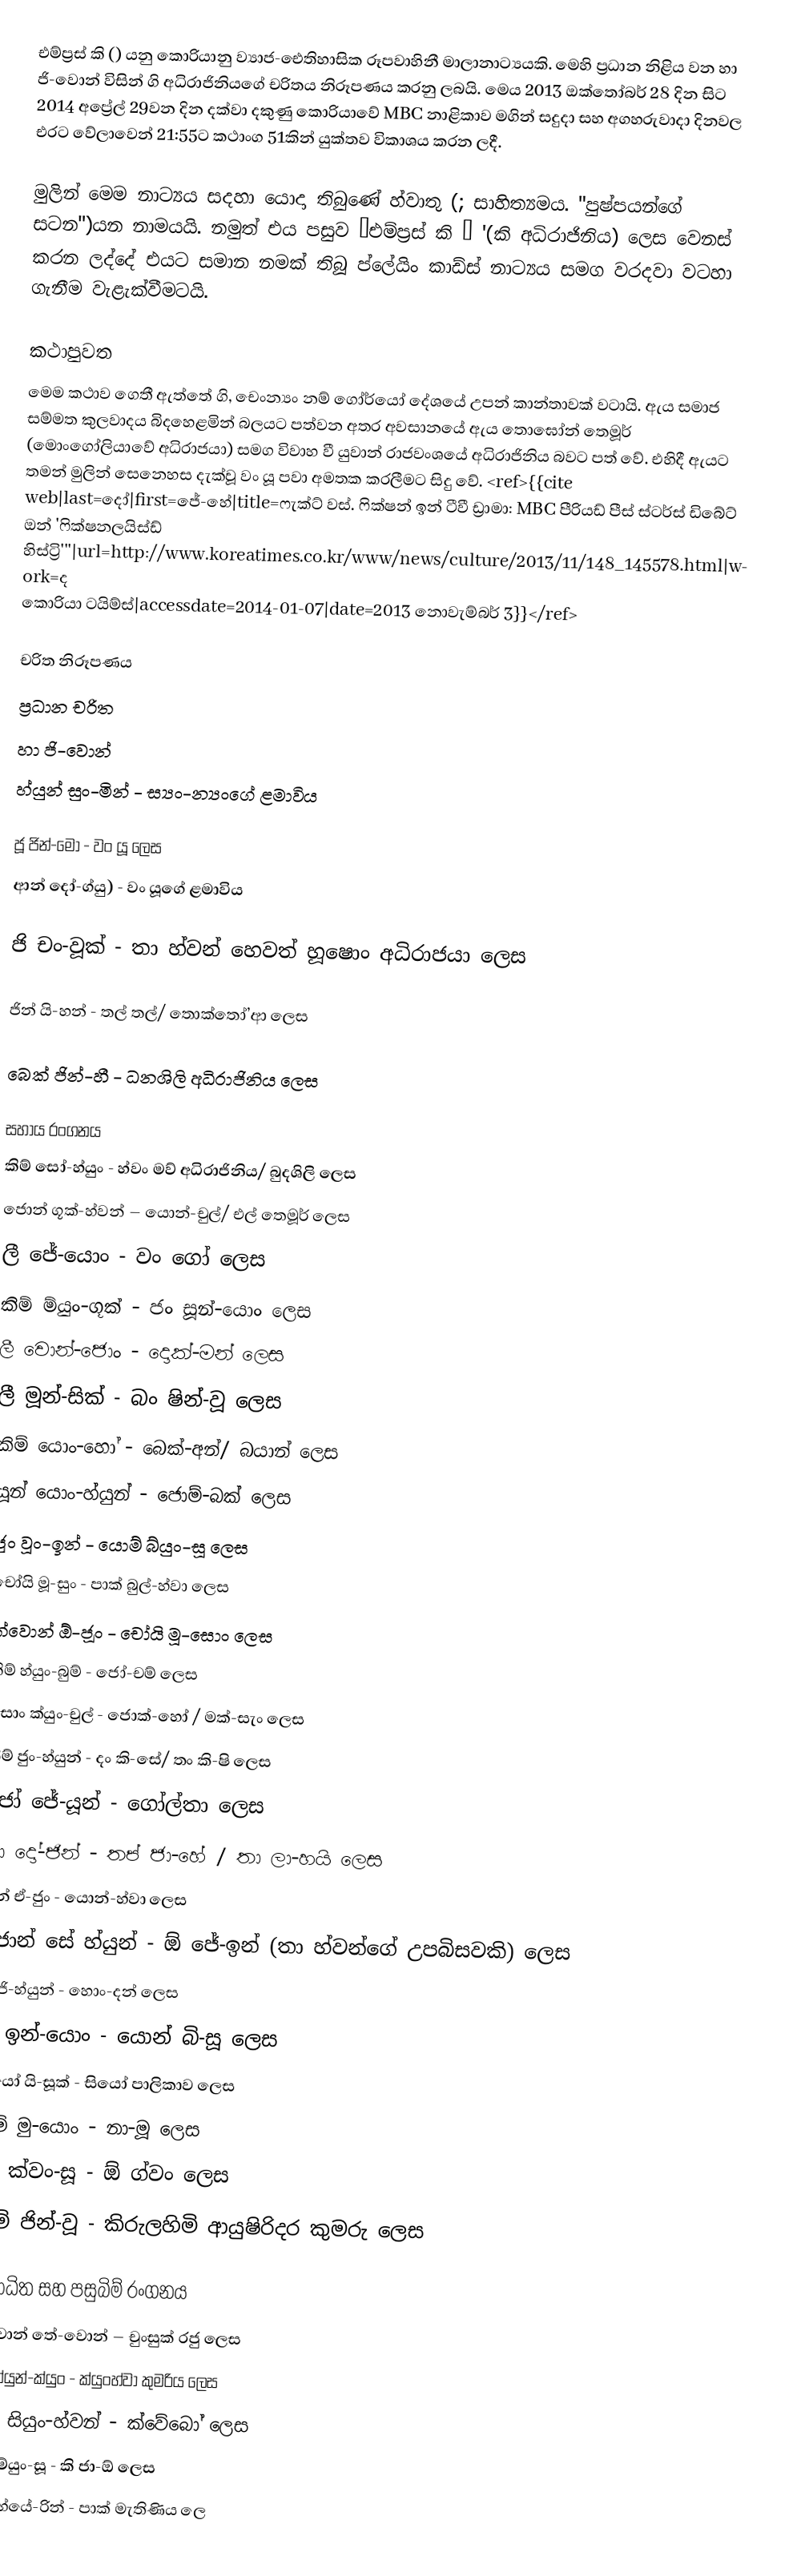
එම්ප්‍රස් කි () යනු කොරියානු ව්‍යාජ-ඓතිහාසික රූපවාහිනී මාලානාට්‍යයකි. මෙහි ප්‍රධාන නිළිය වන හා ජි-වොන් විසින් ගි අධිරාජිනියගේ චරිතය නිරූපණය කරනු ලබයි. මෙය 2013 ඔක්තෝබර් 28 දින සිට 2014 අප්‍රේල් 29වන දින දක්වා දකුණු කොරියාවේ MBC නාළිකාව මගින් සදුදා සහ අගහරුවාදා දිනවල එරට වේලාවෙන් 21:55ට කථාංග 51කින් යුක්තව විකාශය කරන ලදී.

මුලින් මෙම නාට්‍යය සදහා යොදා තිබුණේ  හ්වාතු (; සාහිත්‍යමය. "පුෂ්පයන්ගේ සටන")යන නාමයයි. නමුත් එය පසුව “එම්ප්‍රස් කි ” '(කි අධිරාජිනිය) ලෙස වෙනස් කරන ලද්දේ එයට සමාන නමක් තිබූ ප්ලේයිං කාඩ්ස් නාට්‍යය සමග වරදවා වටහා ගැනීම වැළැක්වීමටයි.

කථාපුවත
මෙම කථාව ගෙතී ඇත්තේ ගි, චෙංන්‍යං නම් ගෝර්යෝ දේශයේ උපන් කාන්තාවක් වටායි. ඇය සමාජ සම්මත කුලවාදය බිදහෙළමින් බලයට පත්වන අතර අවසානයේ  ඇය තොඝෝන් තෙමූර් (මොංගෝලියාවේ අධිරාජයා) සමග විවාහ වී යුවාන් රාජවංශයේ අධිරාජිනිය බවට පත් වේ. එහිදී ඇයට තමන් මුලින් සෙනෙහස දැක්වූ වං යූ පවා අමතක කරලීමට සිදු වේ.  <ref>{{cite web|last=දෝ|first=ජේ-හේ|title=ෆැක්ට් වස්. ෆික්ෂන් ඉන් ටීවී ඩ්‍රාමා: MBC පීරියඩ් පීස් ස්ටර්ස් ඩිබේට් ඔන් 'ෆික්ෂනලයිස්ඩ් හිස්ට්‍රි'''|url=http://www.koreatimes.co.kr/www/news/culture/2013/11/148_145578.html|work=ද කොරියා ටයිම්ස්|accessdate=2014-01-07|date=2013 නොවැම්බර් 3}}</ref>

චරිත නිරූපණය
ප්‍රධාන චරිත
හා ජි-වොන්
හ්යුන් සුං-මින් - ස්‍යං-න්‍යංගේ ළමාවිය

ජූ ජින්-මෝ - වං යූ ලෙස
ආන් දෝ-ග්යු) -  වං යූගේ ළමාවිය

ජි චං-වූක් - තා හ්වන් හෙවත් හූෂොං අධිරාජයා ලෙස

ජින් යි-හන් - තල් තල්/ තොක්තෝ’ආ ලෙස

බෙක් ජින්-හී - ධනශිලි අධිරාජිනිය ලෙස

සහාය රංගනය
කිම් සෝ-හ්යුං - හ්වං මව් අධිරාජිනිය/ බුදශිලි ලෙස
ජොන් ගූක්-හ්වන් – යොන්-චුල්/ එල් තෙමූර් ලෙස
ලී ජේ-යොං - වං ගෝ ලෙස
කිම් ම්යුං-ගූක් - ජං සූන්-යොං ලෙස
ලී වොන්-ජොං - දොක්-මන් ලෙස
ලී මූන්-සික් - බං ෂින්-වූ ලෙස
කිම් යොං-හෝ - බෙක්-අන්/ බයාන් ලෙස
යූන් යොං-හ්යුන් - ජොම්-බක් ලෙස
ජුං වූං-ඉන් - යොම් බ්යුං-සූ ලෙස
චෝයි මූ-සුං - පාක් බුල්-හ්වා ලෙස
ක්වොන් ඕ-ජූං - චෝයි මූ-සොං ලෙස
කිම් හ්යුං-බුම් - ජෝ-චම් ලෙස
සොං ක්යුං-චුල් - ජොක්-හෝ / මක්-සැං ලෙස
කිම් ජුං-හ්යුන් - දං කි-සේ/ තං කි-ෂි ලෙස
ජෝ ජේ-යූන් - ගෝල්තා ලෙස
චා දෝ-ජින් - තප් ජා-හේ / තා ලා-හයි ලෙස
යූන් ඒ-ජුං - යොන්-හ්වා ලෙස
ජොන් සේ හ්යුන් - ඕ ජේ-ඉන් (තා හ්වන්ගේ උපබිසවකි) ලෙස
ලී ජි-හ්යුන් - හොං-දන් ලෙස
යූ ඉන්-යොං - යොන් බි-සූ ලෙස
සියෝ යි-සූක් - සියෝ පාලිකාව ලෙස
කිම් මු-යොං - නා-මූ ලෙස
චා ක්වං-සූ - ඕ ග්වං ලෙස
කිම් ජින්-වූ - කිරුලහිමි ආයුෂිරිදර කුමරු ලෙස

ආරාධිත සහ පසුබිම් රංගනය
ක්වොන් තේ-වොන් – චුංසුක් රජු ලෙස
ර්යු හ්යුන්-ක්යුං - ක්යුංහ්වා කුමරිය ලෙස
ෂින් සියුං-හ්වන් - ක්වේබෝ ලෙස
කිම් ම්යුං-සූ - කි ජා-ඕ ලෙස
හන් හ්යේ-රින් - පාක් මැතිණිය ලෙ